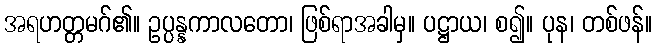
အရဟတ္တမဂ်၏။ ဥပ္ပန္နကာလတော၊ ဖြစ်ရာအခါမှ။ ပဋ္ဌာယ၊ စ၍။ ပုန၊ တစ်ဖန်။